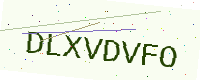
Text: DLXVDVFO